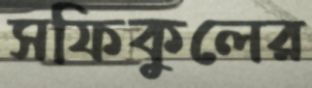
সফিকুলের